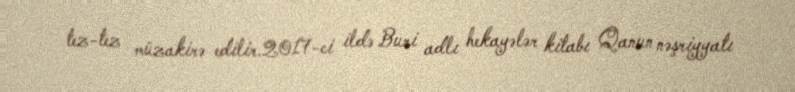
tez-tez müzakirə edilir.2017-ci ildə Buri adlı hekayələr kitabı Qanun nəşriyyatı